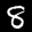
Label: 8